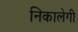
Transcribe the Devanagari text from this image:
निकालेगी